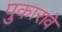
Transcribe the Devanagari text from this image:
पुकारावे